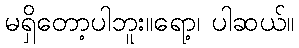
မရှိတော့ပါဘူး။ရော့၊ ပါဆယ်။